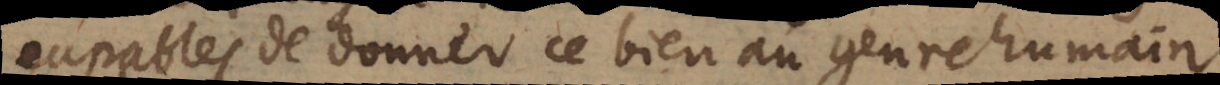
capables de donner ce bien au genre humain.